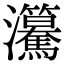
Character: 𤅲